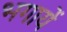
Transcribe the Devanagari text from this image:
भगायें